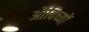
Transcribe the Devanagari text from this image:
औदिच्यों